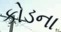
કોડના